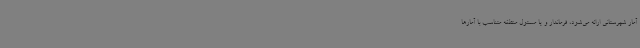
آمار شهرستانی ارائه می‌شود، فرماندار و یا مسئول منطقه متناسب با آمارها